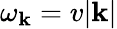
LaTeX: \omega_{\mathbf{k}}=v|\mathbf{k}|